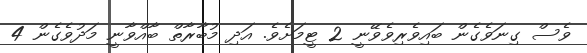
ވެސް ގިނަވެގެން ބައިވެރިވެވޭނީ 2 ޓީމަށެވެ. އަދި މުބާރާތް ބާއްވާނީ މަދުވެގެން 4